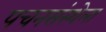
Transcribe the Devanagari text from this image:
पचनसंस्थेला